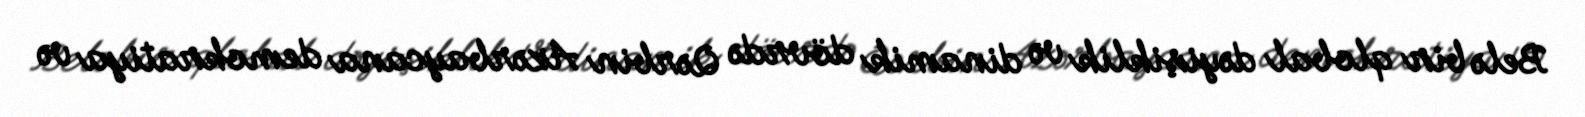
Belə bir qlobal dəyişiklik və dinamik dövrdə Qərbin Azərbaycana demokratiya və